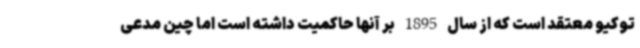
توکیو معتقد است که از سال 1895 بر آنها حاکمیت داشته است اما چین مدعی